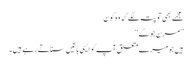
مجھے بھی تو پتہ لگے کہ وہ کون
’’مرن جوگے‘‘
ہیں جو میرے متعلق آپ کو ایسی باتیں سناتے رہے ہیں۔